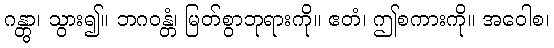
ဂန္တွာ၊ သွား၍။ ဘဂဝန္တံ၊ မြတ်စွာဘုရားကို။ ဧတံ၊ ဤစကားကို။ အဝေါစ၊